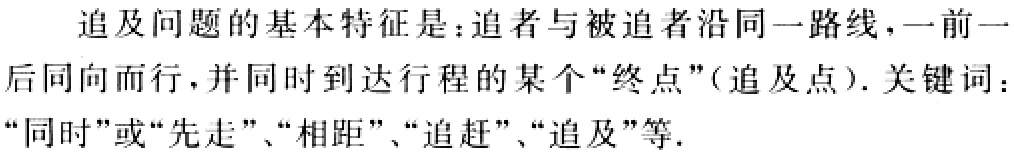
追及问题的基本特征是：追者与被追者沿同一路线，一前一后同向而行，并同时到达行程的某个“终点”(追及点). 关键词：“同时”或“先走”、“相距”、“追赶”、“追及”等.